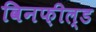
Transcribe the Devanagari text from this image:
विनफ़ील्‌ड